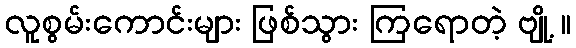
လူစွမ်းကောင်းများ ဖြစ်သွား ကြရောတဲ့ ဗျို့ ။